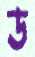
ড